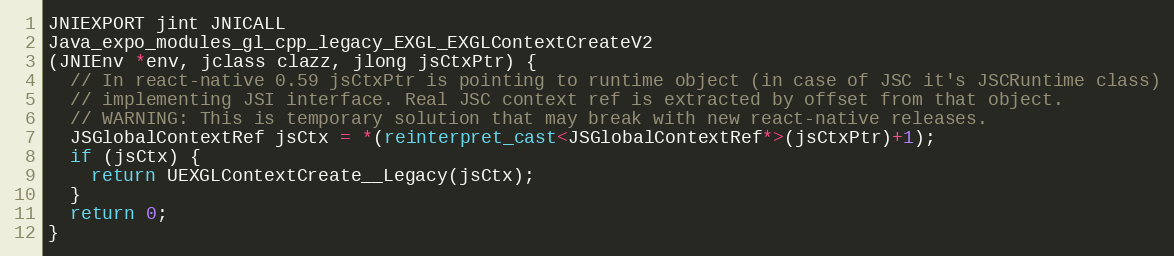
Language: C++
JNIEXPORT jint JNICALL
Java_expo_modules_gl_cpp_legacy_EXGL_EXGLContextCreateV2
(JNIEnv *env, jclass clazz, jlong jsCtxPtr) {
  // In react-native 0.59 jsCtxPtr is pointing to runtime object (in case of JSC it's JSCRuntime class)
  // implementing JSI interface. Real JSC context ref is extracted by offset from that object.
  // WARNING: This is temporary solution that may break with new react-native releases.
  JSGlobalContextRef jsCtx = *(reinterpret_cast<JSGlobalContextRef*>(jsCtxPtr)+1);
  if (jsCtx) {
    return UEXGLContextCreate__Legacy(jsCtx);
  }
  return 0;
}